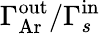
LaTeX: \Gamma_{\mathrm{Ar}}^{\mathrm{out}}/\Gamma_{s}^{\mathrm{in}}